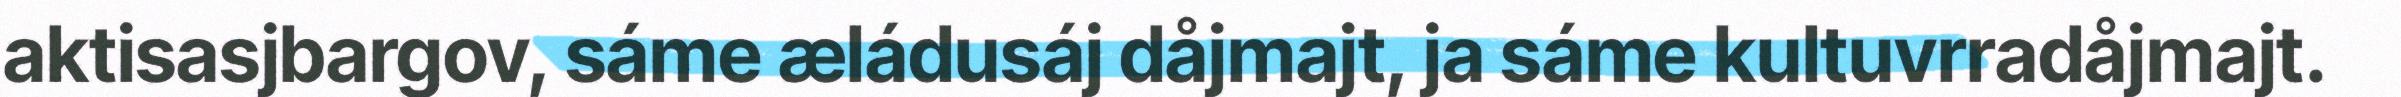
aktisasjbargov, sáme æládusáj dåjmajt, ja sáme kultuvrradåjmajt.